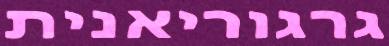
גרגוריאנית